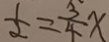
\frac { 1 } { 2 } = \frac { 3 } { 4 } x